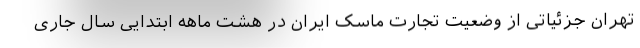
تهران جزئیاتی از وضعیت تجارت ماسک ایران در هشت ماهه ابتدایی سال جاری